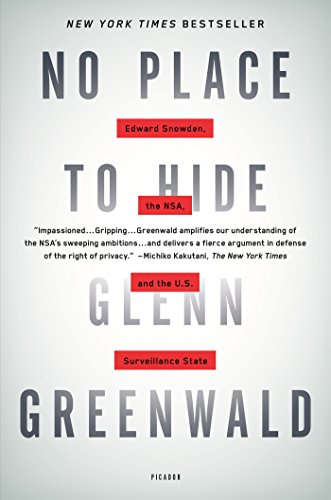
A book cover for No Place to Hide: Edward Snowden, the NSA, and the U.S. Surveillance State; Glenn Greenwald; Computers & Technology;